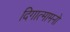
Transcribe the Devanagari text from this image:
दिगात्मामनो